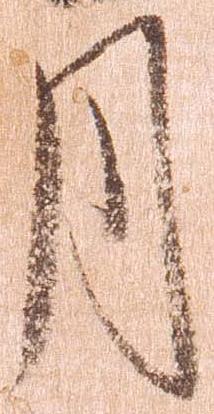
月